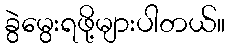
ခွဲမွေးရဖို့များပါတယ်။